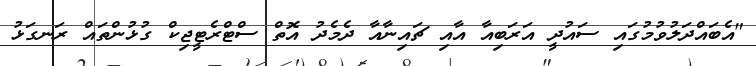
"އެބައްދަލުވުމުގައި ސައުދީ އަރަބިއާ އާއި ޗައިނާއާ ދެމެދު އޮތް ސްޓްރެޓީޖިކް ގުޅުންތައް ރަނގަޅު